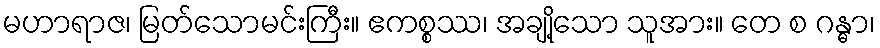
မဟာရာဇ၊ မြတ်သောမင်းကြီး။ ဧကစ္စဿ၊ အချို့သော သူအား။ တေ စ ဂန္ဓာ၊